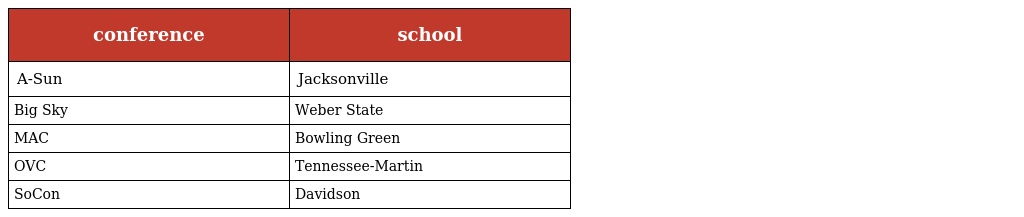
| conference | school |
 | --- | --- |
 | A-Sun | Jacksonville |
 | Big Sky | Weber State |
 | MAC | Bowling Green |
 | OVC | Tennessee-Martin |
 | SoCon | Davidson |